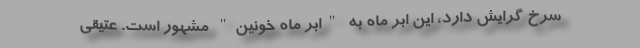
سرخ گرایش دارد، این اَبَر ماه به "اَبَر ماه خونین" مشهور است. عتیقی